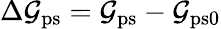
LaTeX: \Delta\mathcal{G}_{\mathrm{{ps}}}=\mathcal{G}_{\mathrm{{ps}}}-\mathcal{G}_{\mathrm{{ps0}}}